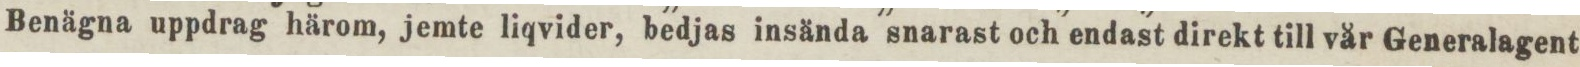
Benägna uppdrag härom, jemte liqvider, bedjas insända snarast och endast direkt till vår Generalagent